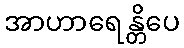
အာဟာရေန္တိပေ